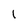
Character: 1